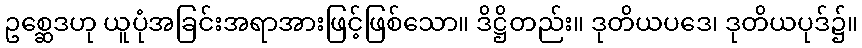
ဥစ္ဆေဒဟု ယူပုံအခြင်းအရာအားဖြင့်ဖြစ်သော။ ဒိဋ္ဌိတည်း။ ဒုတိယပဒေ၊ ဒုတိယပုဒ်၌။